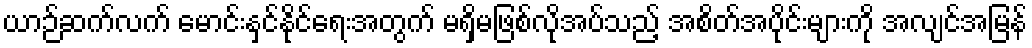
ယာဉ်ဆက်လက် မောင်းနှင်နိုင်ရေးအတွက် မရှိမဖြစ်လိုအပ်သည့် အစိတ်အပိုင်းများကို အလျင်အမြန်